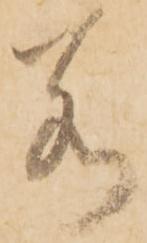
若